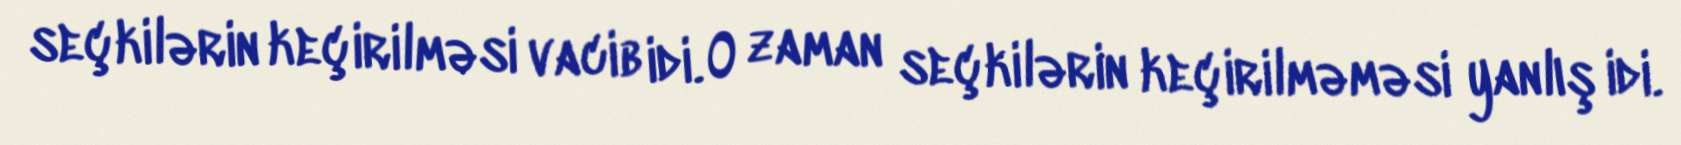
seçkilərin keçirilməsi vacib idi. O zaman seçkilərin keçirilməməsi yanlış idi.